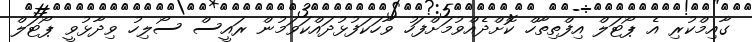
ގާއިމްކުރި އެ ޕޯޓަލް އިފްތިތާހް ކޮށްދެއްވުމަށްފަހު ވާހަކަފުޅުދައްކަވަމުން ރައީސް ސޯލިހު ވިދާޅުވީ ޕޯޓަލް